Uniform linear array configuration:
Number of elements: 8
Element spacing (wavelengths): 0.75
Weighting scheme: binomial
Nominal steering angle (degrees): -60
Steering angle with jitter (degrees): -58.119
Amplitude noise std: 0.05
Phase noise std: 0.05

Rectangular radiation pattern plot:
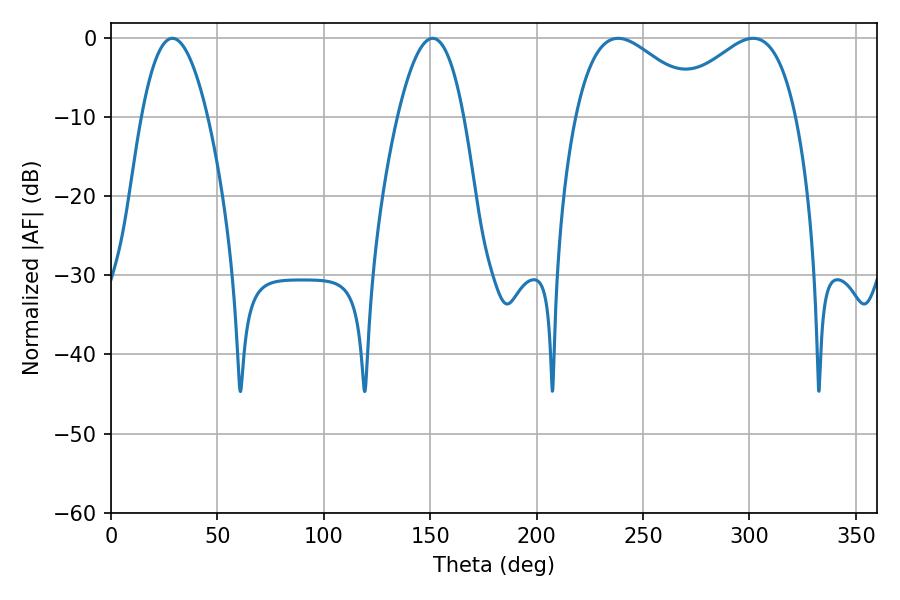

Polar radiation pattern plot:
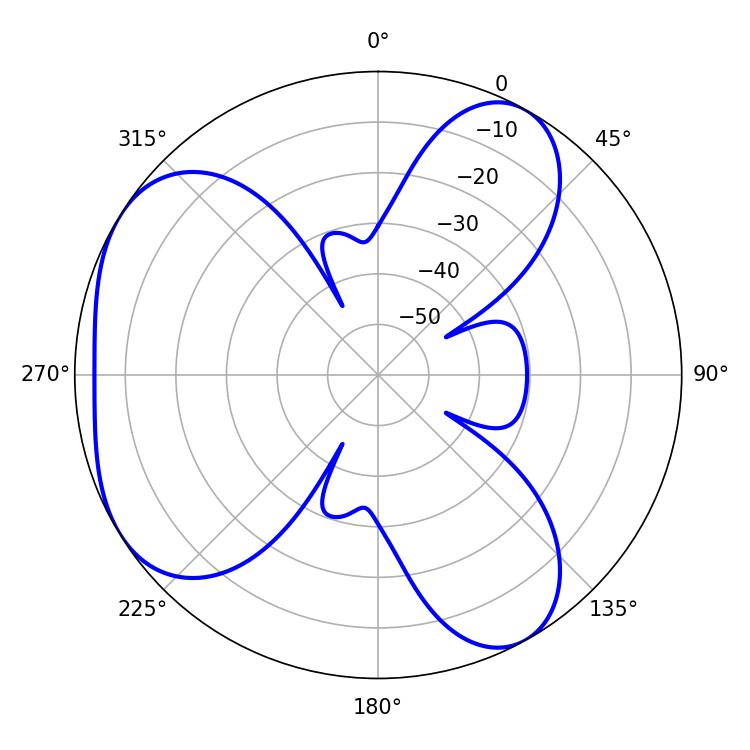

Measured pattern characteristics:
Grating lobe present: TRUE
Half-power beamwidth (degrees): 32.76
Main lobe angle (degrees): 238.32